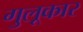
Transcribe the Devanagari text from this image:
गुलूकार